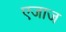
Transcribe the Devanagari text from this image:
एजाज